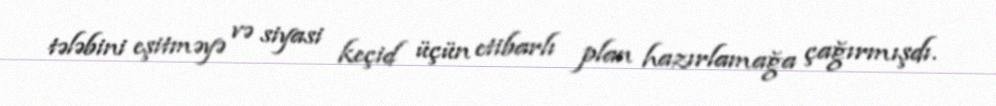
tələbini eşitməyə və siyasi keçid üçün etibarlı plan hazırlamağa çağırmışdı.